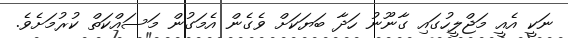
ނަކީ އެއީ މަޖްލީހުގައި ގާނޫނު ހަދާ ބަޔަކަށް ވެގެން އެމަގުން މަސައްކަތް ކުރުމަށެވެ.